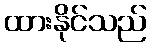
ထားနိုင်သည်